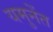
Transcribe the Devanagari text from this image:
यमुनेंत